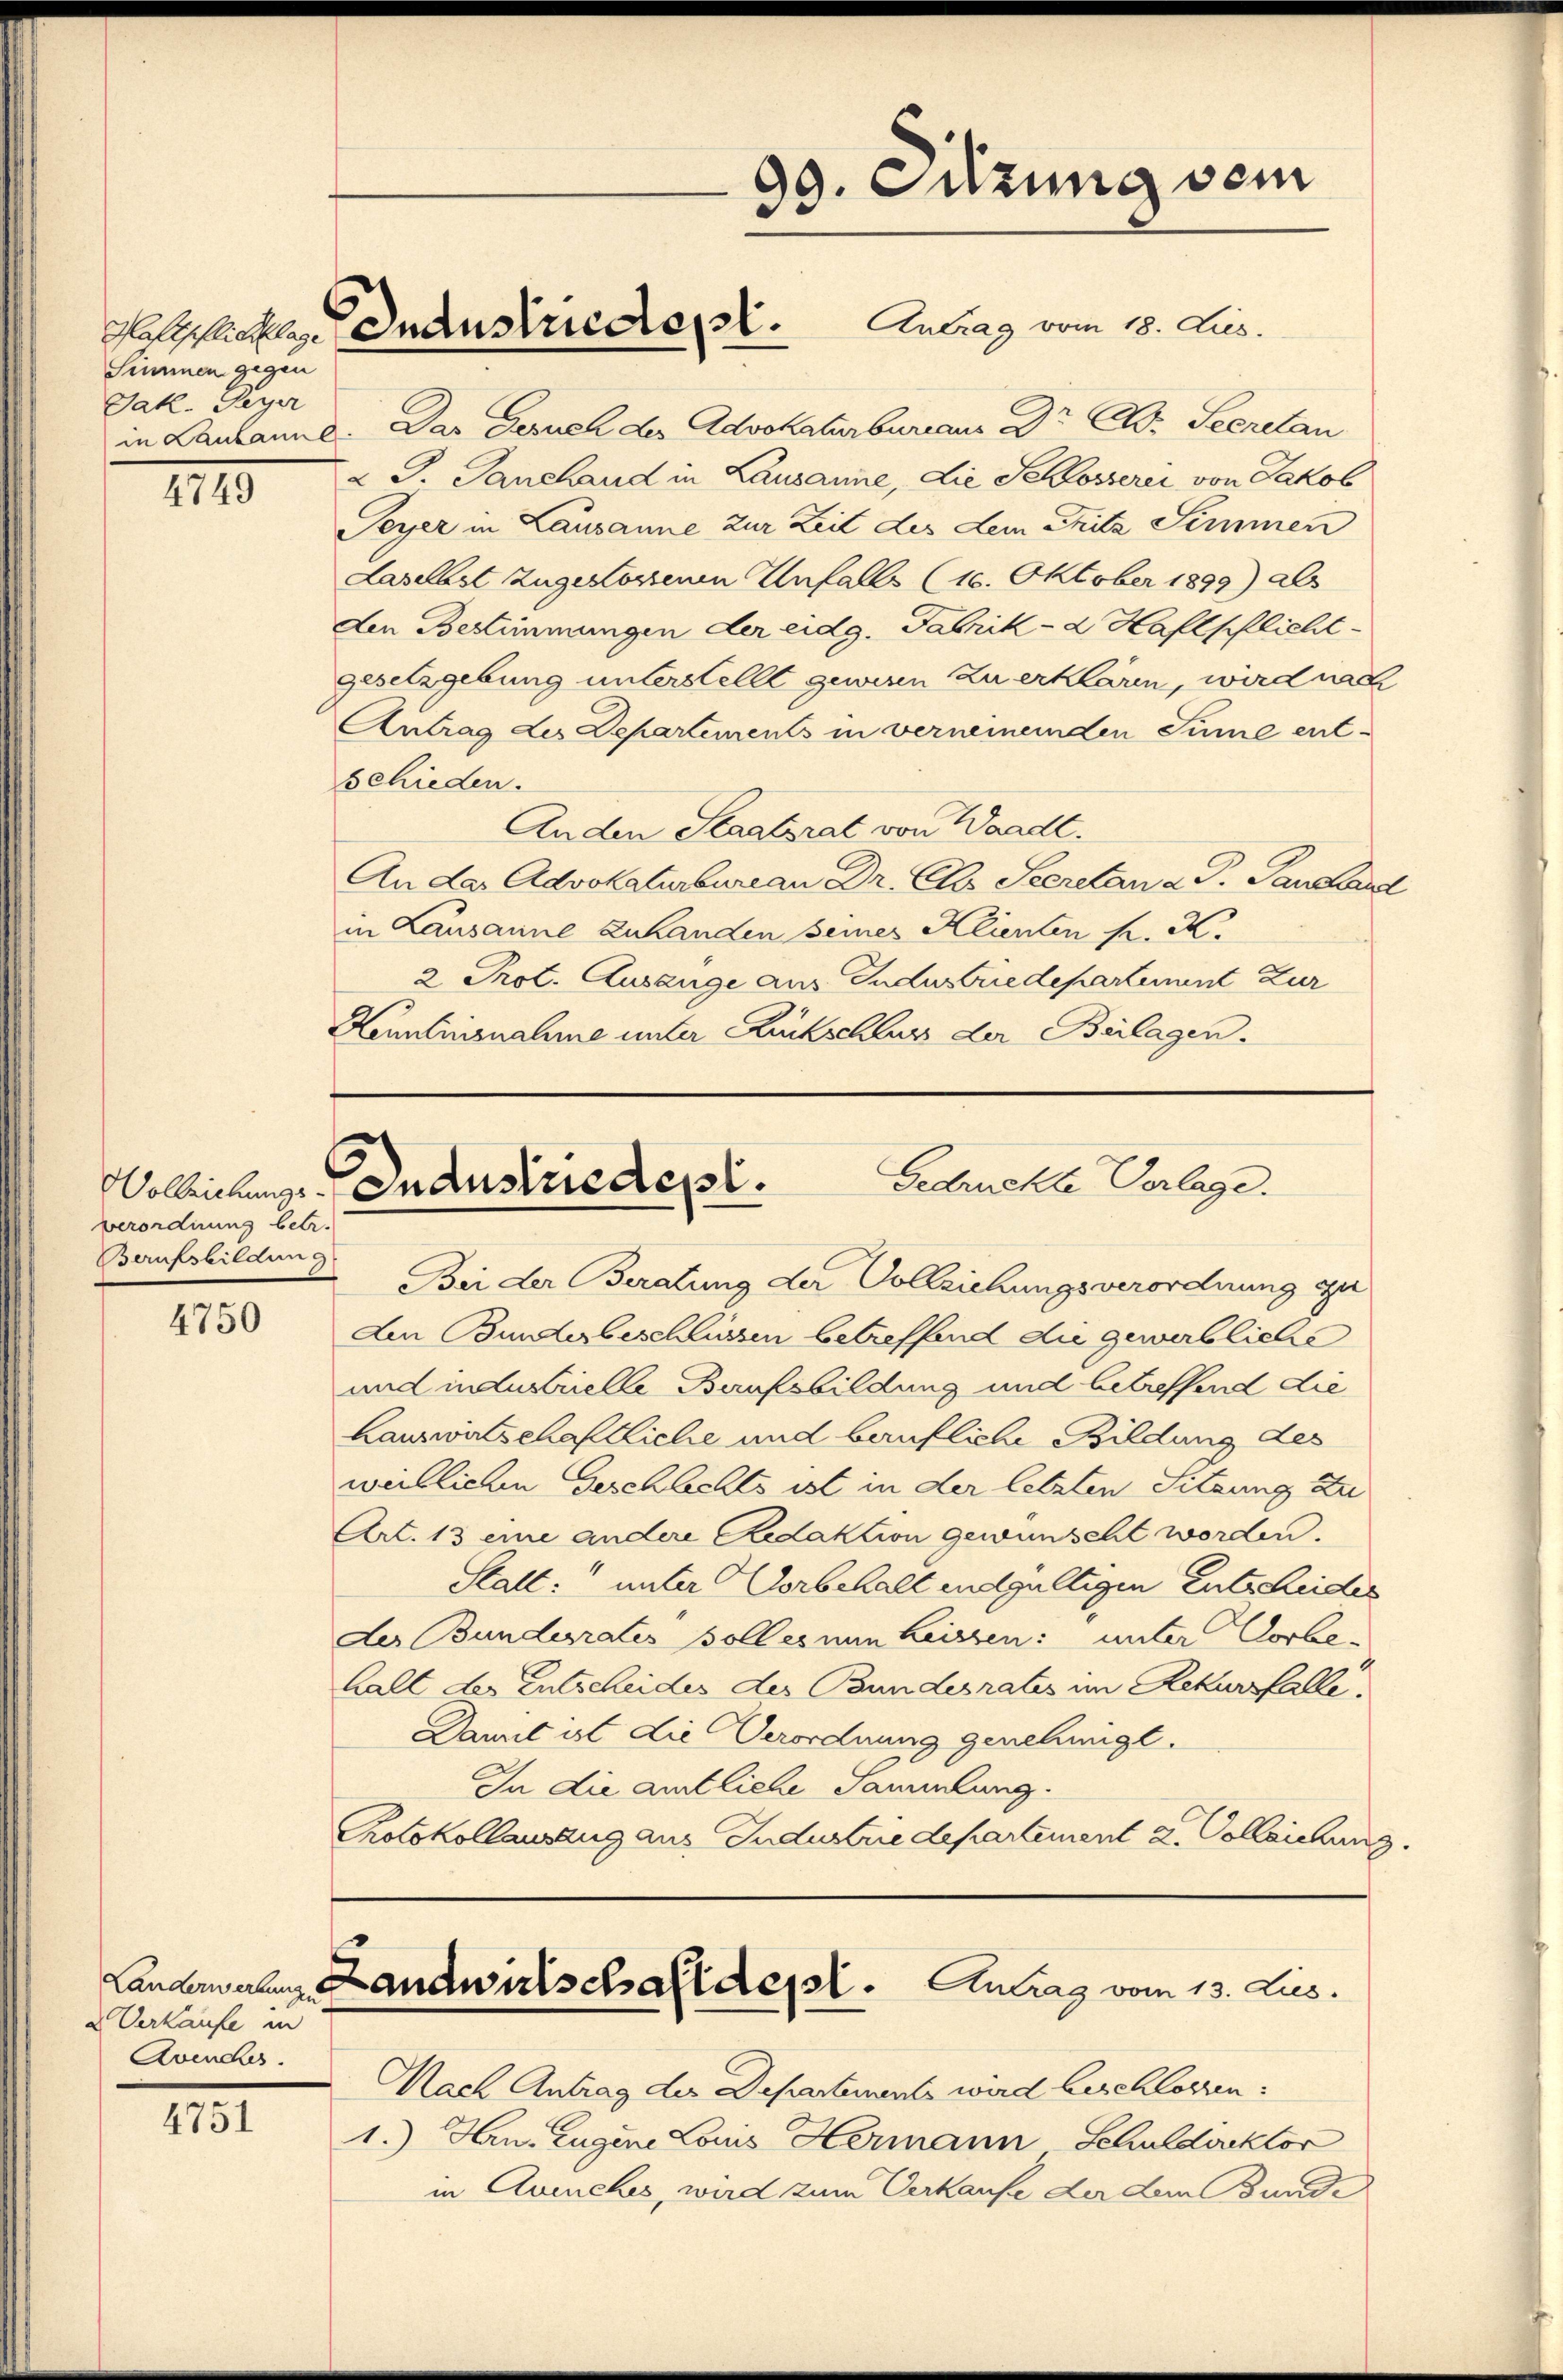
Simmen gegen
Jak. Payer

IIII.

verordnung betr.
Berufsbildung

4750

a Verkaufe in
Avenches.

4751

in Lausanne. Das Gesuch der Advokaturbureaus Dr A. Secretan
2 J. Ganshand in Lausanne, die Schlosserei von Jakob
Seyer in Lausanne zur Zeit des dem Pritz Simmen
Laselbst zugestossenen Unfalls (16. Oktober 1899) als
den Bestimmungen der eidg. Fabrika Kaltschlicht
gesetzgebung unterstellt geweren zu erklären, wird nach
Antrag des Departements in verneinenden Sinne ent-
schieden.
Anden Staatsrat von Waadt.
An das Advokaturbureau Dr. Ch. Secretan 2 S. Pausland
in Lausanne Zuhanden seines Klienten K. K.
2 Prot. Ausange aus Industriedepartement Zur
Kenntnisnahme unter Rückschluß der Beilagen.

Helpflicher Industrieder. Antrag vom 18. Jus

99. Sitzung sein

Gedruckte Verlage.
Wolleichungs- In Austriedept.

Bei der Beratung der Vollziehungsverordnung zu
An Bundesbeschlüssen betreffend die gewerbliche
und industrielle Baufsbildung und betreffend die
hauswirtschaftliche und baufliche Bildung des
weillichen Geschlechts ist in der letzten Sitzung zu
Art. 13 eine andere Redaktion gewünscht worden.
Statt: unter Vorbehalt endgültigen Entscheides
der Bunderates solles nun heissen: unter Vorbe-
Hall der Entscheides des Bundesrates im Rekursfalle.
Damit ist die Verordnung genehmigt.
In die amtliche Sammlung.
Protokollausang aus Industrie departement L. Colleichung.

Nach Antrag der Departements wird beschlossen:
1.) Hrn. Eugene Louis Hermann Schuldoktor
in Quinches, wird zum Verkaufe der dem Bunde

Landerwahrs Landwirtschaft desst. Antrag vom 13. Lies.